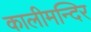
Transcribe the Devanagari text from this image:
कालीमन्दिर